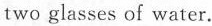
glasses of water.